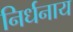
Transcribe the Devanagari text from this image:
निर्धनाय